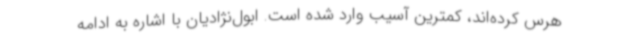
هرس کرده‌اند، کمترین آسیب وارد شده است. ابول‌نژادیان با اشاره به ادامه